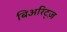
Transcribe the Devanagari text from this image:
बिअरिट्ज़